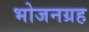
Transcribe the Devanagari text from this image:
भोजनग्रह